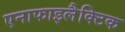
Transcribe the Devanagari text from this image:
एनाफाइलैक्टिक